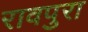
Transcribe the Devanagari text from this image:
रावपुरा